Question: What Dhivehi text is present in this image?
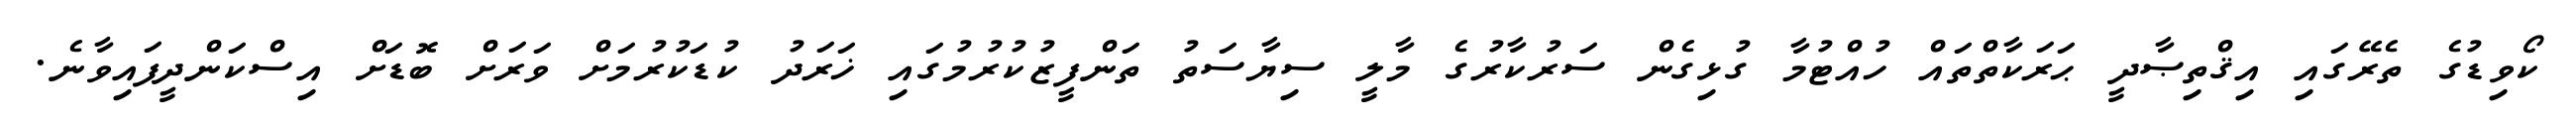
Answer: ކޯވިޑުގެ ތެރޭގައި އިޤްތިޞާދީ ޙަރަކާތްތައް ހުއްޓުމާ ގުޅިގެން ސަރުކާރުގެ މާލީ ސިޔާސަތު ތަންފީޒުކުރުމުގައި ޚަރަދު ކުޑަކުރުމަށް ވަރަށް ބޮޑަށް އިސްކަންދީފައިވާނެ.